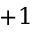
+ 1